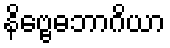
နိဗ္ဗေဓဘာဂိယာ